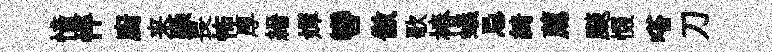
憧怦廚来躁畏怖厚縉嬋轡傲歌椿蟻忌綺薦颷惙嗒刀